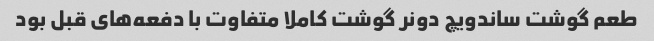
طعم گوشت ساندویچ دونر گوشت کاملا متفاوت با دفعه‌های قبل بود